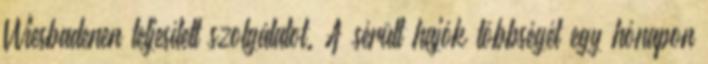
Wiesbadenen teljesített szolgálatot. A sérült hajók többségét egy hónapon